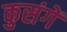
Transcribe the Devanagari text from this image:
कुसंगें